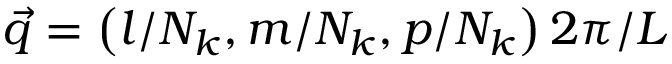
\vec { q } = \left( l / N _ { k } , m / N _ { k } , p / N _ { k } \right) 2 \pi / L